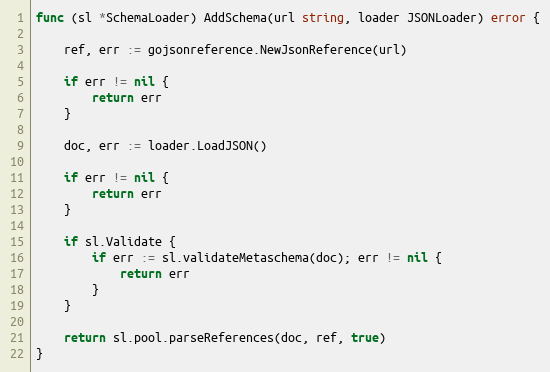
Language: Go
func (sl *SchemaLoader) AddSchema(url string, loader JSONLoader) error {

	ref, err := gojsonreference.NewJsonReference(url)

	if err != nil {
		return err
	}

	doc, err := loader.LoadJSON()

	if err != nil {
		return err
	}

	if sl.Validate {
		if err := sl.validateMetaschema(doc); err != nil {
			return err
		}
	}

	return sl.pool.parseReferences(doc, ref, true)
}